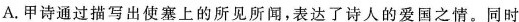
A.甲诗通过描写出使塞上的所见所闻，表达了诗人的爱国之情。同时